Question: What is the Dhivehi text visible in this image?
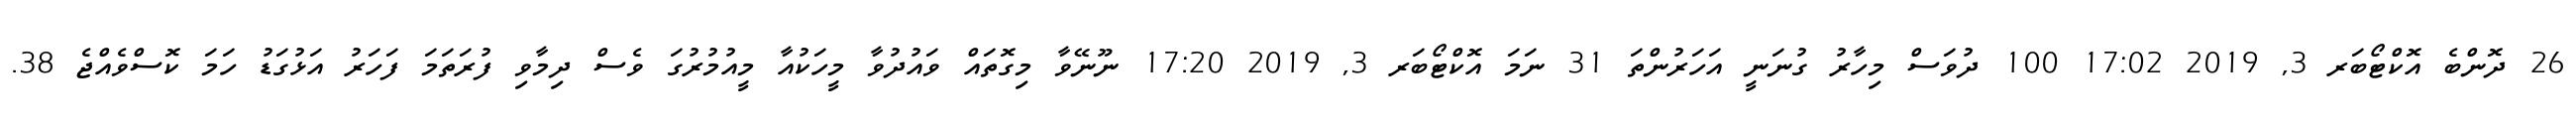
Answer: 26 ދޮންބެ އޮކްޓޯބަރ 3, 2019 17:02 100 ދުވަސް މިހާރު ގުނަނީ އަހަރުންތަ 31 ނަމަ އޮކްޓޯބަރ 3, 2019 17:20 ނޫނޭވާ މިގޮތައް ވައުދުވާ މީހަކުއާ މީއުމުރުގަ ވެސް ދިމާވި ފުރަތަމަ ފަހަރު އަޅުގަޑު ހަމަ ކޮސްވެއްޖެ 38.